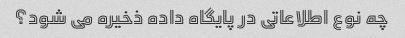
چه نوع اطلاعاتی در پایگاه داده ذخیره می شود؟